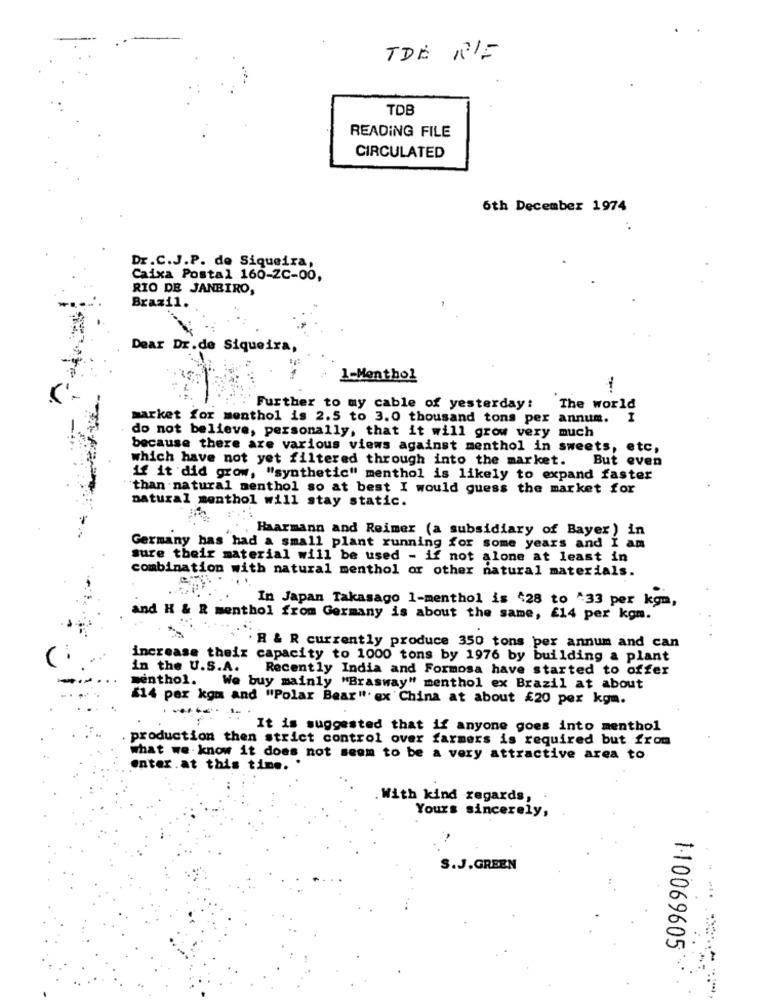
TDE RIF
TOB
READING FILE
CIRCULATED
6th December 1974
Dr.C.J.P. de Siqueira,
Caixa Postal 160-2C-00,
RIO DE JANEIRO,
Brazil.
Dear Dr.de Siqueira,
1-Menthol
-
--
Further to my cable of yesterday: The world
market for menthol is 2.5 to 3.0 thousand tons per annum.
I
do not believe, personally, that it will grow very much
because there are various views against menthol in sweets, etc,
which have not yet filtered through into the market. But even
if it did grow, "synthetic" menthol is likely to expand faster
"than natural menthol so at best I would guess the market for
natural menthol will stay static.
Haarmann and Reimer (a subsidiary of Bayer) in
Germany has had a small plant running for some years and I am
sure their material will be used - if not alone at least in
combination with natural menthol or other natural materials.
In Japan Takasago 1-menthol is 428 to ^33 per kgm,
and H & R menthol from Germany is about the same, £14 per kgm.
. R & R currently produce 350 tons per annum and can
increase their capacity to 1000 tons by 1976 by building a plant
in the U.S.A.
Recently India and Formosa have started to offer
menthol. We buy mainly "Brasway" menthol ex Brazil at about
(14 per kgm and "Polar Bear". ex China at about £20 per kgm.
It is suggested that if anyone goes into menthol
production then strict control over farmers is required but from
what we know it does not seem to be a very attractive area to
enter.at this time.
With kind regards,
Yours sincerely,
S.J.GREEN
110069605